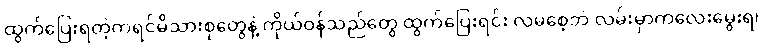
ထွက်ပြေးရတဲ့ကရင်မိသားစုတွေနဲ့ ကိုယ်ဝန်သည်တွေ ထွက်ပြေးရင်း လမစေ့ဘဲ လမ်းမှာကလေးမွေးရ၊